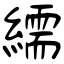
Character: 繻